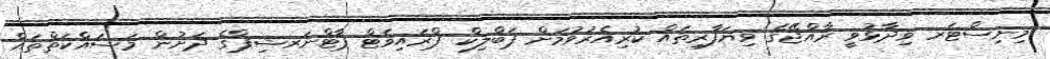
މިނިސްޓަރ ވިދާޅުވީ ރާއްޖޭގެ ވިޔަފާރިތައް ކުރިއެރުވުމަށް ޕަބްލިކް ޕްރައިވެޓް ޕާޓްނަރޝިޕްގެ ދަށުން މަސައްކަތްތައް